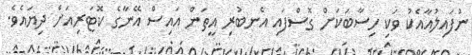
ނުފައިލުއާއެކު ވަކި ހިސާބަކަށް ގޮސްފައި އެނބުރި އީތަން އައިސް އޭނާގެ ކޮޓަރިއަށް ދިޔައެވެ.